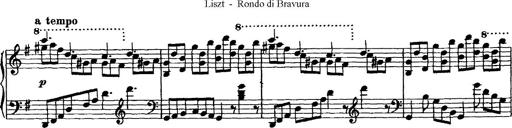
Title: Rondo di bravura
Composer: Franz Liszt